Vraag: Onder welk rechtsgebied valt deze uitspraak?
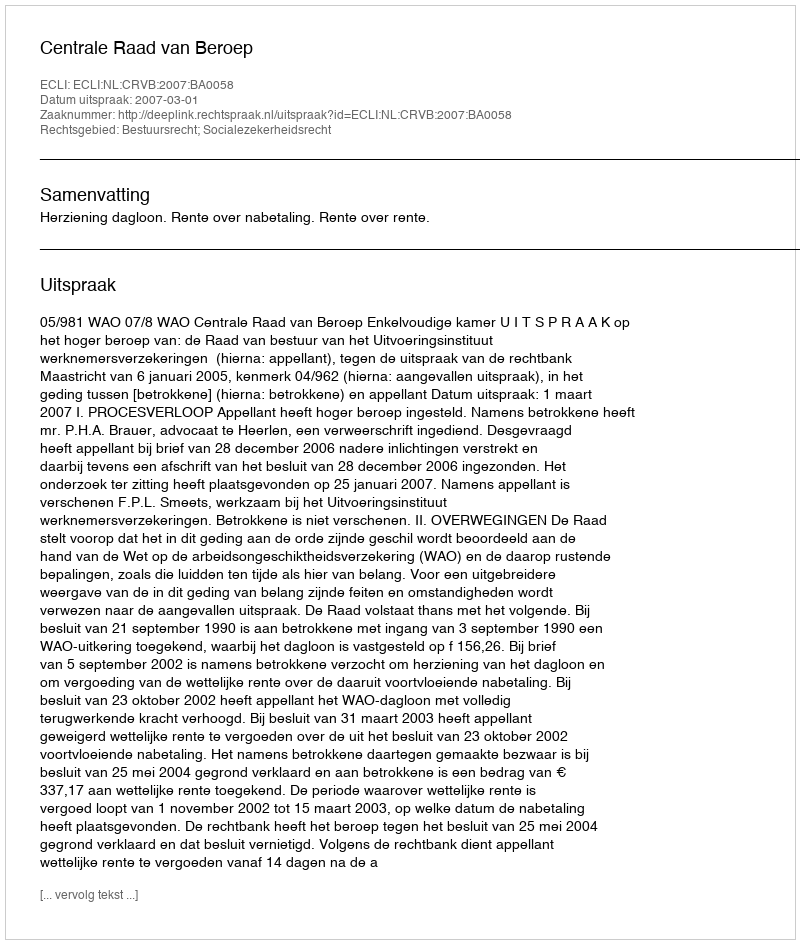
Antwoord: Bestuursrecht; Socialezekerheidsrecht